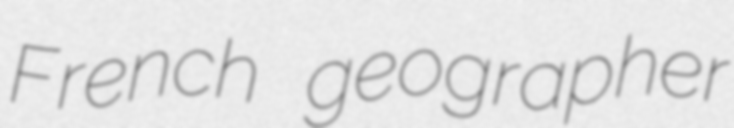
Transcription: French geographer